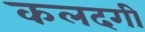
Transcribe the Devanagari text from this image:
कलदगी